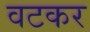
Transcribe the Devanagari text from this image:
वटकर